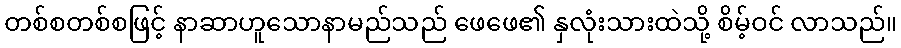
တစ်စတစ်စဖြင့် နာဆာဟူသောနာမည်သည် ဖေဖေ၏ နှလုံးသားထဲသို့ စိမ့်ဝင် လာသည်။